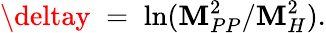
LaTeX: \deltay\; =\; \ln(\mathbf{M}_{PP}^{2}/\mathbf{M}_{H}^{2}).